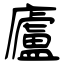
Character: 廬